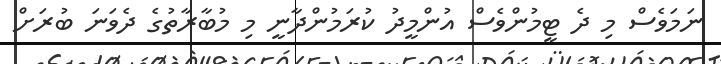
ނަމަވެސް މި ދެ ޓީމުންވެސް އުންމީދު ކުރަމުންދާނީ މި މުބާރާތުގެ ދެވަނަ ބުރަށް